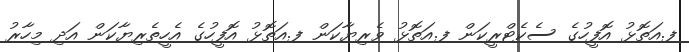
ފ.އަތޮޅު އޮފީހުގެ ސެކެޓްރީކަން ފ.އަތޮޅު ވެރިޔާކަން ފ.އަތޮޅު އޮފީހުގެ އެހީތެރިޔާކަން އަދި މިހާރު